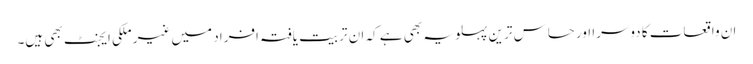
ان واقعات کا دوسرا اور حساس ترین پہلو یہ بھی ہے کہ ان تربیت یافتہ افراد میں غیر ملکی ایجنٹ بھی ہیں۔